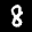
Label: 8